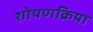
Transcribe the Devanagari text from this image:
शोषणक्रिया